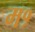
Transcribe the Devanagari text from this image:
म१